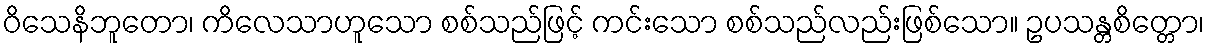
ဝိသေနိဘူတော၊ ကိလေသာဟူသော စစ်သည်ဖြင့် ကင်းသော စစ်သည်လည်းဖြစ်သော။ ဥပသန္တစိတ္တော၊